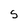
Character: S